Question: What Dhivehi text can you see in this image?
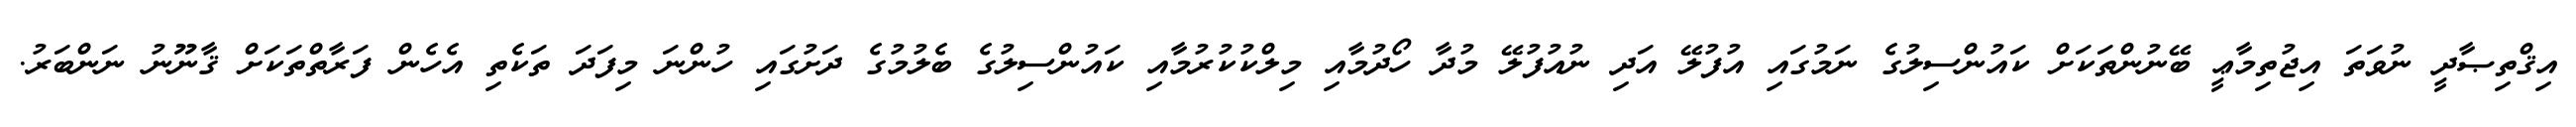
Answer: އިޤްތިޞާދީ ނުވަތަ އިޖުތިމާޢީ ބޭނުންތަކަށް ކައުންސިލުގެ ނަމުގައި އުފުލޭ އަދި ނުއުފުލޭ މުދާ ހޯދުމާއި މިލްކުކުރުމާއި ކައުންސިލުގެ ބެލުމުގެ ދަށުގައި ހުންނަ މިފަދަ ތަކެތި އެހެން ފަރާތްތަކަށް ޤާނޫނު ނަންބަރު.